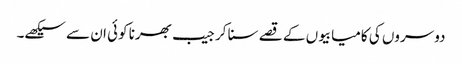
دوسروں کی کامیابیوں کے قصے سنا کر جیب بھرنا کوئی ان سے سیکھے۔